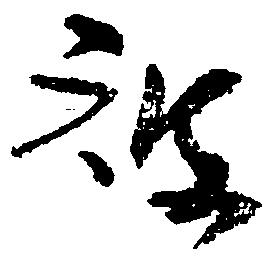
被